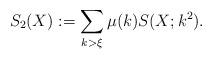
LaTeX: \begin{align*} S_2(X):= \sum\limits_{k> \xi} \mu(k) S(X;k^2).\end{align*}